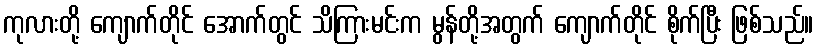
ကုလားတို့ ကျောက်တိုင် အောက်တွင် သိကြားမင်းက မွန်တို့အတွက် ကျောက်တိုင် စိုက်ပြီး ဖြစ်သည်။